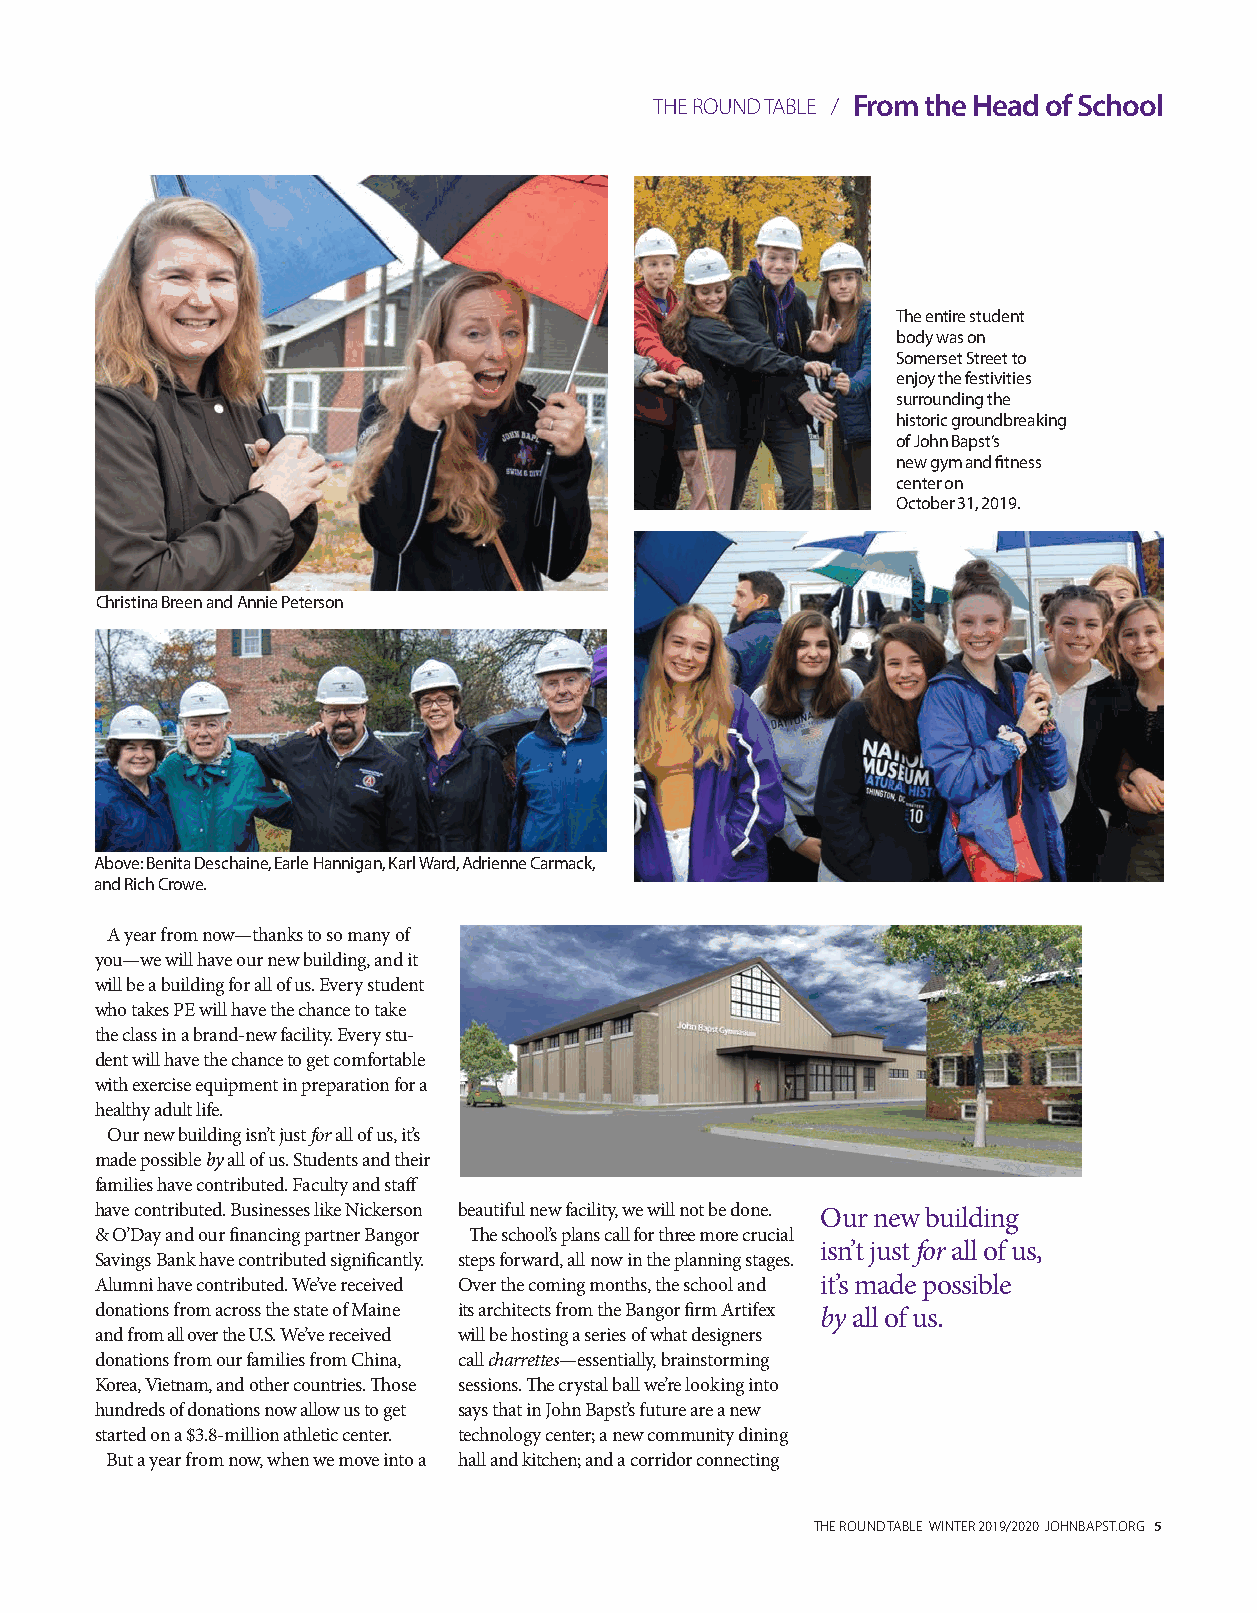
THE ROUND TABLE / From the Head of School
 The entire student
 body was on
 Somerset Street to
 enjoy the festivities
 surrounding the
 historic groundbreaking
 of John Bapst’s
 new gym and fitness
 center on
 October 31, 2019.
 Christina Breen and Annie Peterson
 Above: Benita Deschaine, Earle Hannigan, Karl Ward, Adrienne Carmack,
 and Rich Crowe.
 A year from now—thanks to so many of
 you—we will have our new building, and it
 will be a building for all of us. Every student
 who takes PE will have the chance to take
 the class in a brand-new facility. Every stu-
 dent will have the chance to get comfortable
 with exercise equipment in preparation for a
 healthy adult life.
 Our new building isn’t just for all of us, it’s
 made possible by all of us. Students and their
 families have contributed. Faculty and staff
 have contributed. Businesses like Nickerson beautiful new facility, we will not be done. Our new building
 & O’Day and our financing partner Bangor The school’s plans call for three more crucial
 isn’t just for all of us,
 Savings Bank have contributed significantly. steps forward, all now in the planning stages.
 Alumni have contributed. We’ve received Over the coming months, the school and it’s made possible
 donations from across the state of Maine its architects from the Bangor firm Artifex by all of us.
 and from all over the U.S. We’ve received will be hosting a series of what designers
 donations from our families from China, call charrettes—essentially, brainstorming
 Korea, Vietnam, and other countries. Those sessions. The crystal ball we’re looking into
 hundreds of donations now allow us to get says that in John Bapst’s future are a new
 started on a $3.8-million athletic center. technology center; a new community dining
 But a year from now, when we move into a hall and kitchen; and a corridor connecting
 THE ROUND TABLE WINTER 2019/2020 JOHNBAPST.ORG 5